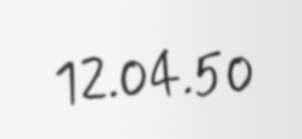
12.04.50